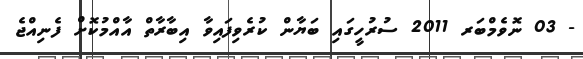
- 03 ނޮވެމްބަރ 2011 ސުރުހީގައި ބަޔާން ކުރެވިފައިވާ އިބާރާތް އާއްމުކޮށް ފެނިއްޖެ